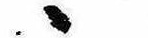
ゝ